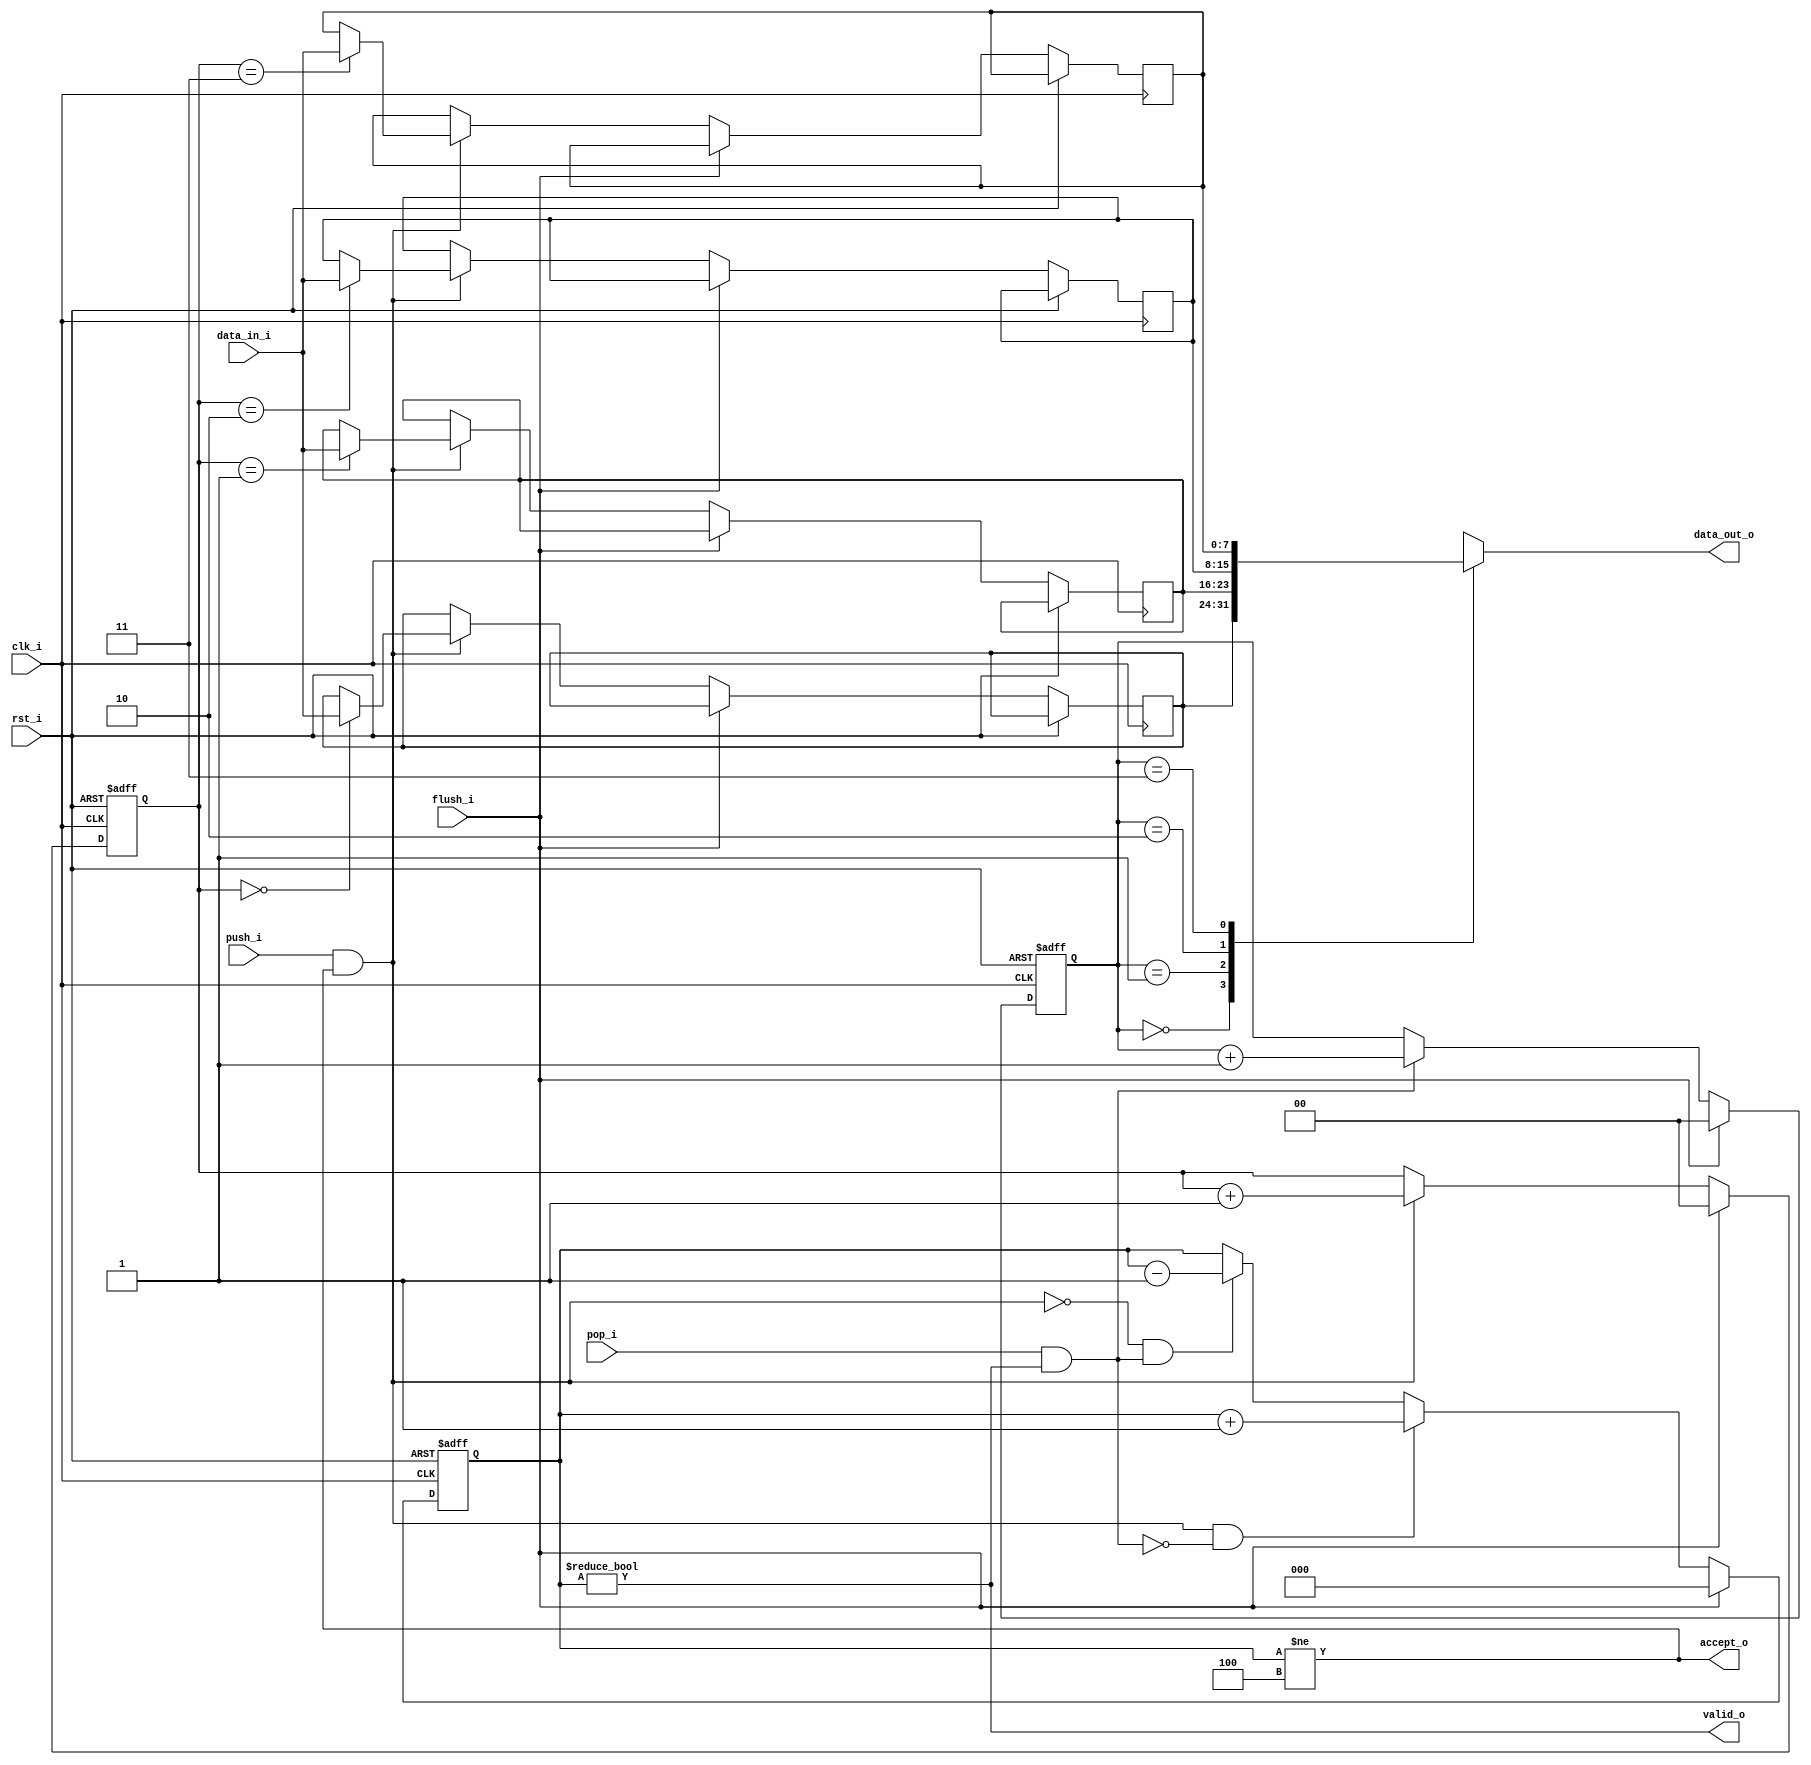
module jpeg_output_fifo
//-----------------------------------------------------------------
// Params
//-----------------------------------------------------------------
#(
     parameter WIDTH            = 8
    ,parameter DEPTH            = 4
    ,parameter ADDR_W           = 2
)
//-----------------------------------------------------------------
// Ports
//-----------------------------------------------------------------
(
    // Inputs
     input           clk_i
    ,input           rst_i
    ,input  [WIDTH-1:0]  data_in_i
    ,input           push_i
    ,input           pop_i
    ,input           flush_i

    // Outputs
    ,output [WIDTH-1:0]  data_out_o
    ,output          accept_o
    ,output          valid_o
);



//-----------------------------------------------------------------
// Local Params
//-----------------------------------------------------------------
localparam COUNT_W = ADDR_W + 1;

//-----------------------------------------------------------------
// Registers
//-----------------------------------------------------------------
reg [WIDTH-1:0]   ram_q[DEPTH-1:0];
reg [ADDR_W-1:0]  rd_ptr_q;
reg [ADDR_W-1:0]  wr_ptr_q;
reg [COUNT_W-1:0] count_q;

//-----------------------------------------------------------------
// Sequential
//-----------------------------------------------------------------
always @ (posedge clk_i or posedge rst_i)
if (rst_i)
begin
    count_q   <= {(COUNT_W) {1'b0}};
    rd_ptr_q  <= {(ADDR_W) {1'b0}};
    wr_ptr_q  <= {(ADDR_W) {1'b0}};
end
else if (flush_i)
begin
    count_q   <= {(COUNT_W) {1'b0}};
    rd_ptr_q  <= {(ADDR_W) {1'b0}};
    wr_ptr_q  <= {(ADDR_W) {1'b0}};
end
else
begin
    // Push
    if (push_i & accept_o)
    begin
        ram_q[wr_ptr_q] <= data_in_i;
        wr_ptr_q        <= wr_ptr_q + 1;
    end

    // Pop
    if (pop_i & valid_o)
        rd_ptr_q      <= rd_ptr_q + 1;

    // Count up
    if ((push_i & accept_o) & ~(pop_i & valid_o))
        count_q <= count_q + 1;
    // Count down
    else if (~(push_i & accept_o) & (pop_i & valid_o))
        count_q <= count_q - 1;
end

//-------------------------------------------------------------------
// Combinatorial
//-------------------------------------------------------------------
/* verilator lint_off WIDTH */
assign valid_o       = (count_q != 0);
assign accept_o      = (count_q != DEPTH);
/* verilator lint_on WIDTH */

assign data_out_o    = ram_q[rd_ptr_q];



endmodule